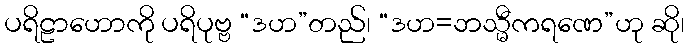
ပရိဠာဟောကို ပရိပုဗ္ဗ “ဒဟ”တည်၊ “ဒဟ=ဘသ္မီကရဏေ”ဟု ဆို၊